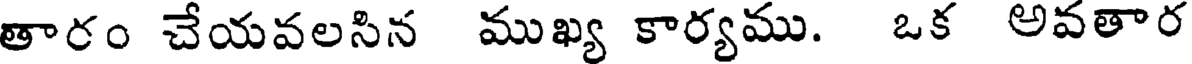
తారం చేయవలసిన ముఖ్య కార్యము. ఒక అవతార